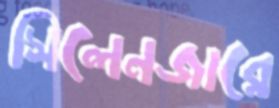
সিলেনজারে